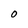
Character: O